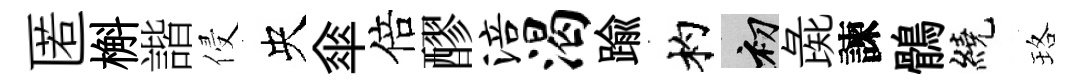
匿槲諧侵央傘倍醪涪渴踰杓初彘諫鶻繞珞